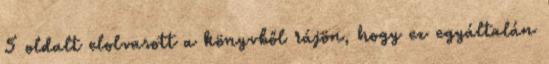
5 oldalt elolvasott a könyvből rájön, hogy ez egyáltalán